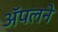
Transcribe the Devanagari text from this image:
ॲपलने